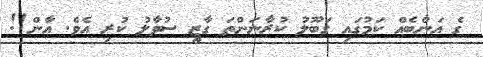
ގެ އަންބެއް ކަމުގައި ގަބޫލު ކުރާނަންތަ ގާޒީ ސުވާލު ކުރި އެވެ. އާން!!